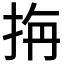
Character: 𭠭